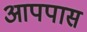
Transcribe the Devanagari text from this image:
आपपास